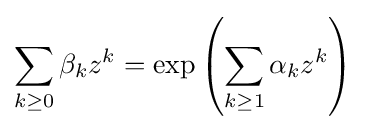
\sum _{k\geq 0}\beta _{k}z^{k}=\exp \left(\sum _{k\geq 1}\alpha _{k}z^{k}\right)